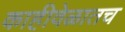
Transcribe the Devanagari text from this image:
काहीवेळातच